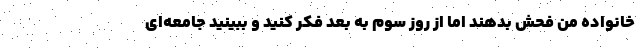
خانواده من فحش بدهند اما از روز سوم به بعد فکر کنید و ببینید جامعه‌ای